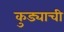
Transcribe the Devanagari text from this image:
कुड्याची